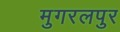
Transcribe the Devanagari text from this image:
मुगरलपुर